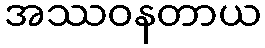
အဿဝနတာယ